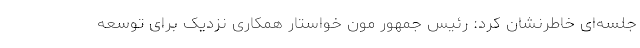
جلسه‌ای خاطرنشان کرد: رئیس جمهور مون خواستار همکاری نزدیک برای توسعه